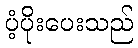
ပံ့ပိုးပေးသည်